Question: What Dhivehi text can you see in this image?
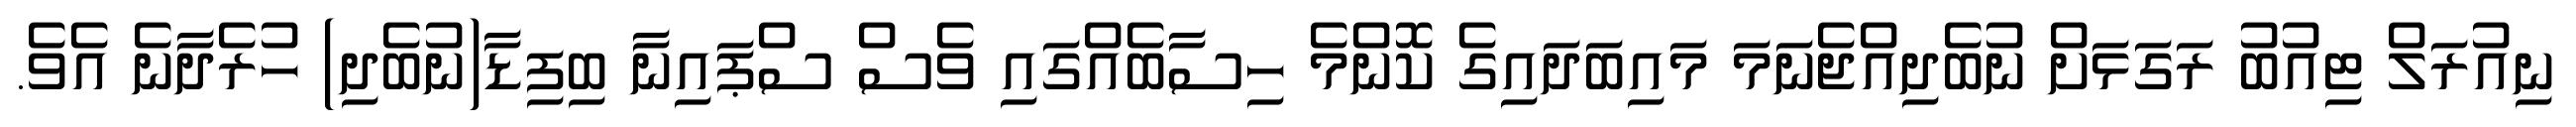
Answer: ނިއުރަލް ޓިއުބު ރަގަޅަށް ނުބެދިއްޖެނަމަ މައިބަދައިގެ ކޮންމެ ހިސާބެއްގައި ވެސް ސްޕައިނާ ބިފިޑާ(ނުބެދި) ހުރެދާނެ އެވެ.